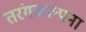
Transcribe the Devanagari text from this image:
तरंगकल्पना